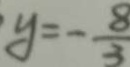
y = - \frac { 8 } { 3 }